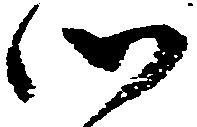
候